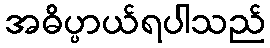
အဓိပ္ပာယ်ရပါသည်